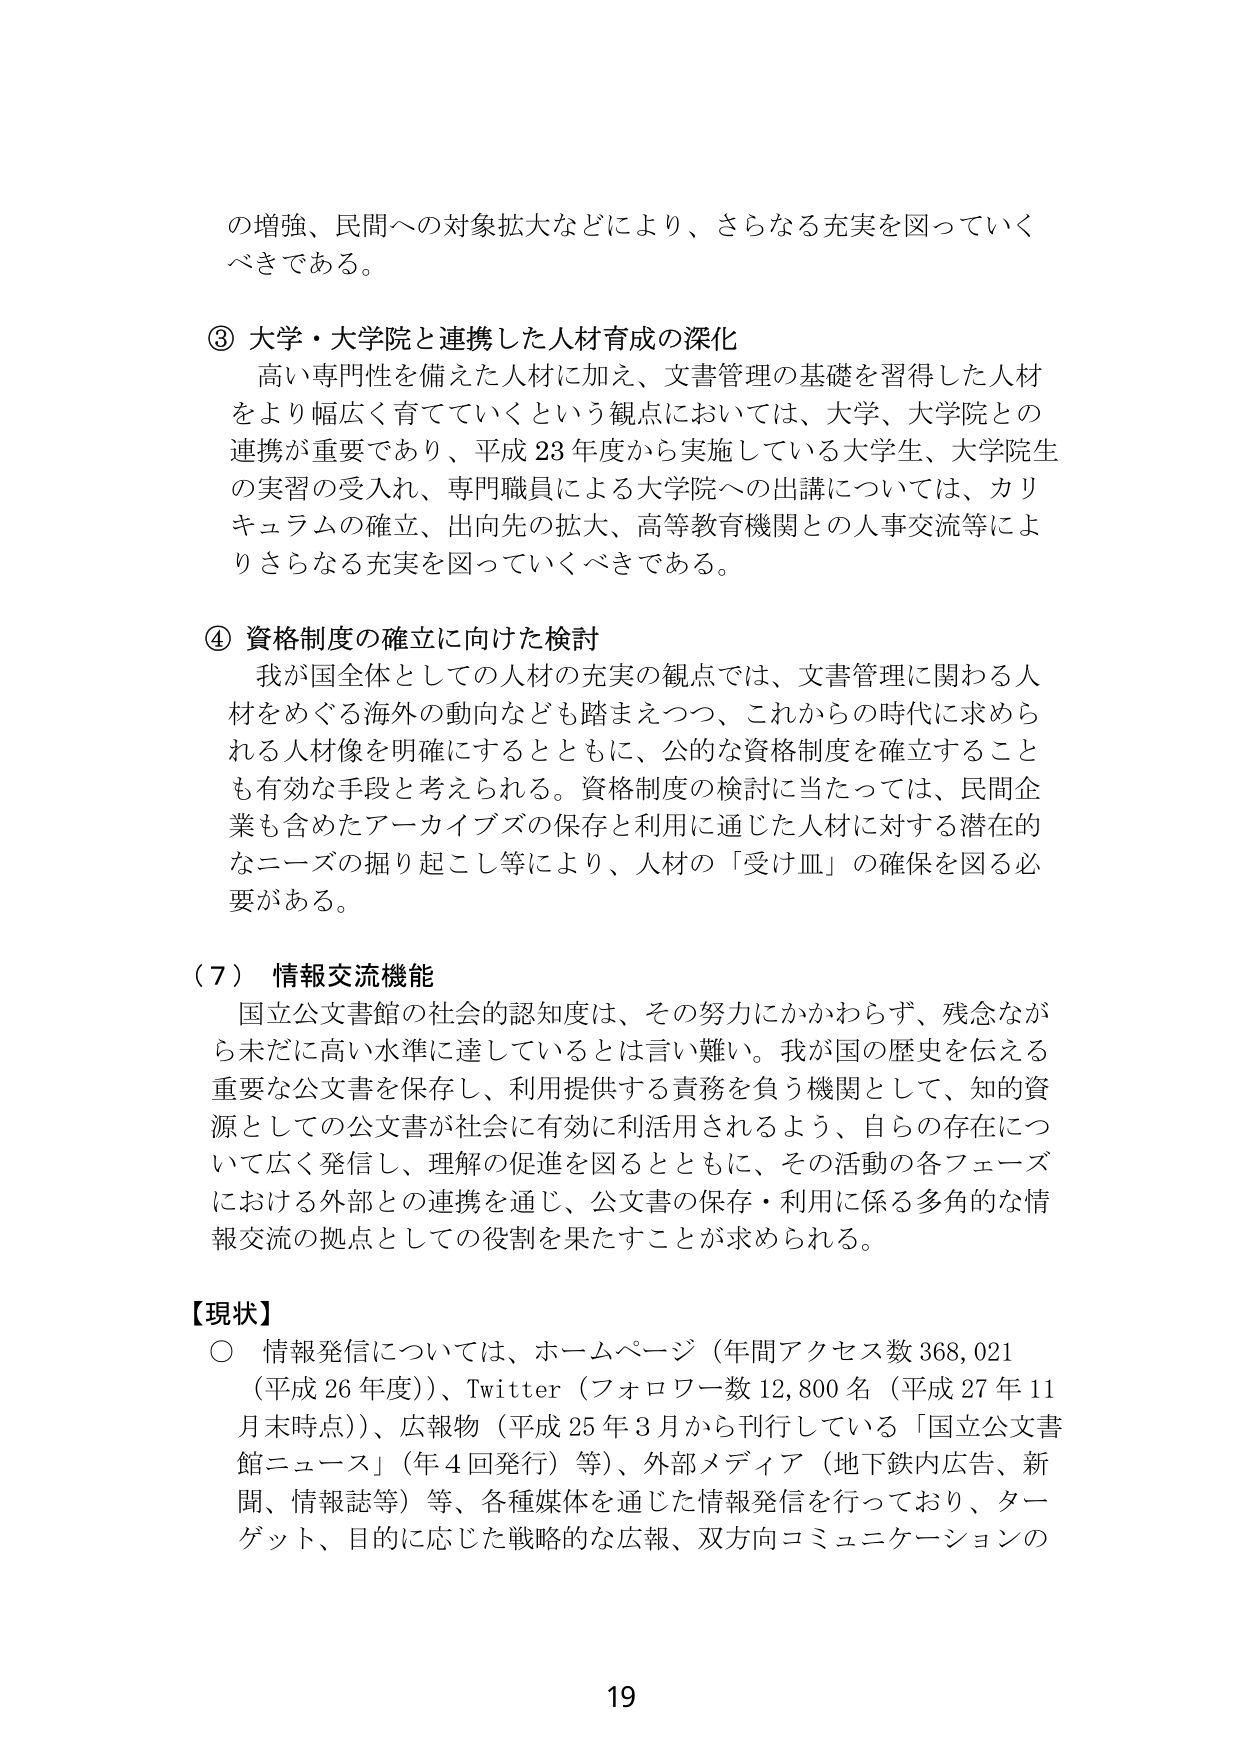
の増強、民間への対象拡大などにより、さらなる充実を図っていくべきである。

③ 大学・大学院と連携した人材育成の深化
高い専門性を備えた人材に加え、文書管理の基礎を習得した人材をより幅広く育てていくという観点においては、大学、大学院との連携が重要であり、平成23年度から実施している大学生、大学院生の実習の受入れ、専門職員による大学院への出講については、カリキュラムの確立、出向先の拡大、高等教育機関との人事交流等によりさらなる充実を図っていくべきである。

④ 資格制度の確立に向けた検討
我が国全体としての人材の充実の観点では、文書管理に関わる人材をめぐる海外の動向なども踏まえつつ、これからの時代に求められる人材像を明確にするとともに、公的な資格制度を確立することも有効な手段と考えられる。資格制度の検討に当たっては、民間企業も含めたアーカイブズの保存と利用に通じた人材に対する潜在的なニーズの掘り起こし等により、人材の「受け皿」の確保を図る必要がある。

（7） 情報交流機能
国立公文書館の社会的認知度は、その努力にかかわらず、残念ながら未だに高い水準に達しているとは言い難い。我が国の歴史を伝える重要な公文書を保存し、利用提供する責務を負う機関として、知的資源としての公文書が社会に有効に利活用されるよう、自らの存在について広く発信し、理解の促進を図るとともに、その活動の各フェーズにおける外部との連携を通じ、公文書の保存・利用に係る多角的な情報交流の拠点としての役割を果たすことが求められる。

【現状】
○ 情報発信については、ホームページ（年間アクセス数368,021（平成26年度））、Twitter（フォロワー数12,800名（平成27年11月末時点））、広報物（平成25年3月から刊行している「国立公文書館ニュース」（年4回発行）等）、外部メディア（地下鉄内広告、新聞、情報誌等）等、各種媒体を通じた情報発信を行っており、ターゲット、目的に応じた戦略的な広報、双方向コミュニケーションの

19